Annual report on the working of the lock hospitals in the Central Provinces
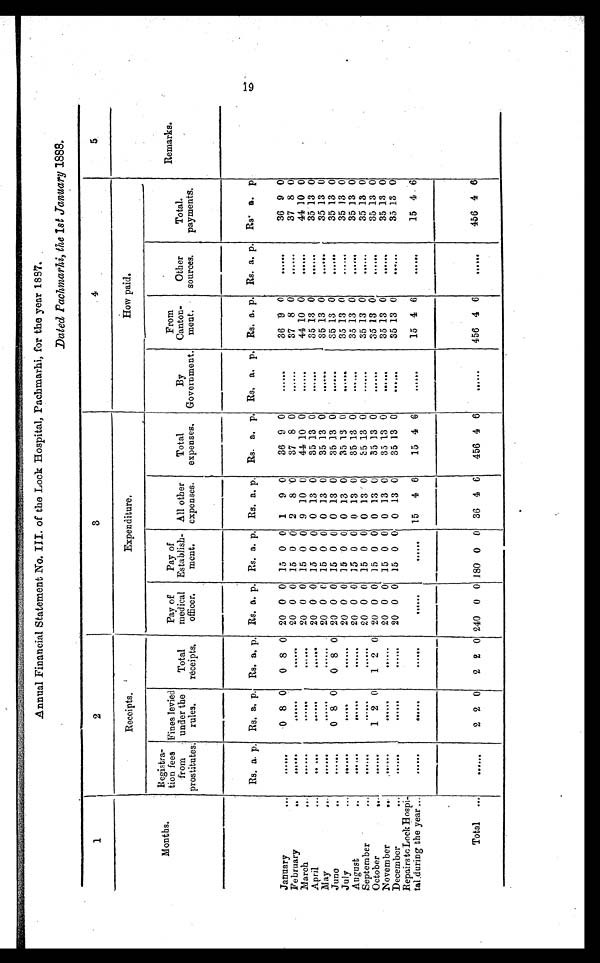
Annual Financial Statement No. III. of the Lock Hospital, Pachmarhi, for the year 1887.
Dated Pachmarhi, the 1st Jaunary 1888.
1
2
3
4
5
Receipts.
Expenditure.
How paid.
Months.
Registra-
tion fees
from
prostitutes.
Fines levied
under the
rules.
Total
receipts.
Pay of
medical
officer.
Pay of
Establish-
ment.
All other
expenses.
Total
expenses.
By
Government.
From
Canton-
meat.
Other
sources.
Total.
payments.
Remarks.
Rs. a. p. Rs. a. p. Rs. a. p. Rs. a. p. Rs. a. p. Rs. a. p. Rs. a. p. Rs. a. p. Rs. a. p. Rs. a. p. Rs. a. p
January
...
. . . . . .
0 8 0
0 8 0 20 0 0 15 0 0 1 9 0
36 9 0
......
36 9 0
.......
36 9 0
February
..
......
......
20 0 0 15 0 0 2 8 0
37 8 0
......
37 8 0
......
37 8 0
March
...
. . . . . .
......
20 0 0 15 0 0 9 10 0
44 10 0
......
44 10 0
......
44 10 0
April
... ......
. . . . . .
......
20 0 0 15 0 0 0 13 0
35 13 0
......
35 13 0
......
35 13 0
May
...
...... ...... ......
20 0 0 15 0 0 0 13 0
35 13 0
......
35 13 0
......
35 13 0
June..
. . . . . .
0 8 0 0 8 0 20 0 0 15 0 0 0 13 0
85 13 0
......
35 13 0
......
35 13 0
July
......
.....
......
20 0 0 15 0 0 0 13 0
35 13 0
......
35 13 0
......
35 13 0
August...
...... ......
......
20 0 0 15 0 0 0 13 0
35 13 0
......
35 13 0
. . . . . . .
35 13 0
September
...
...... ......
......
20 0 0 15 0 0 0 13 0
35 13 0
......
35 13 0
. . . . . . .
35 13 0
October
......
1 2 0
1 2 0 20 0 0 15 0 0 0 13 0
35 13 0
......
35 13 0
......
35 13 0
November
......
.......
......
20 0 0 15 0 0 0 13 0
35 13 0
......
35 13 0
......
35 13 0
December
...
...... ......
......
20 0 0 15 0 0 0 13 0
35 13 0
......
35 13 0
......
35 13 0
Repairs to Lock Hospi-
tal during the year ...
...... ......
. . . . . .
15 4 6
15 4 6
......
15 4 6
......
15 4 6
Total ...
......
2 2 0 2 2 0 240 0 0 180 0 0 36 4 6
456 4 6
......
456 4 6
......
456 4 6
19